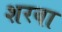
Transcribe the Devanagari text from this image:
शरबा